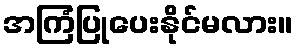
အကြံပြုပေးနိုင်မလား။